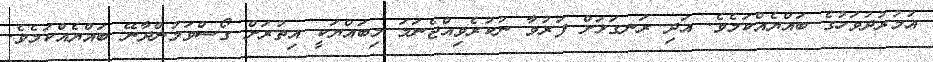
އުމުރުދުވަހުގެ ބައްޔެއްކަމެވެ. އަދި ރަނގަޅަށް ފަރުވާ ނުކުރެވިއްޖެނަމަ މިބައްޔަކީ އިތުރަށް ގޯސްވަމުންދާނޭ ބައްޔެއްކަމެވެ.